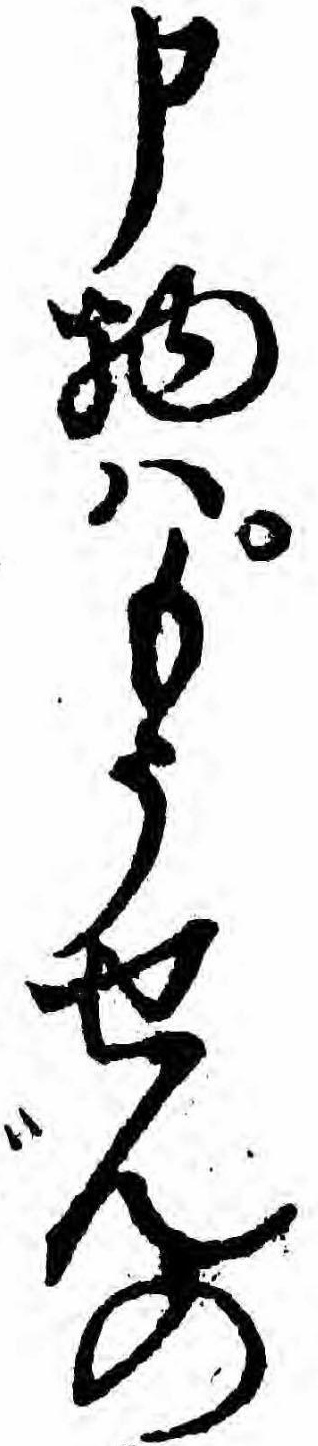
申物ハもうせんの